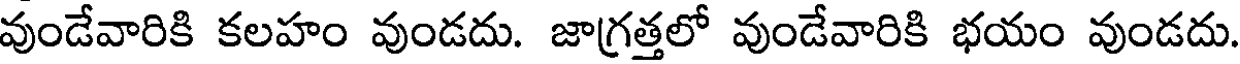
వుండేవారికి కలహం వుండదు. జాగ్రత్తలో వుండేవారికి భయం వుండదు.